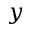
y